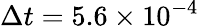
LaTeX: \Delta t=5.6\times 10^{-4}